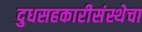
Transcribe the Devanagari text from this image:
दुधसहकारीसंस्थेचा